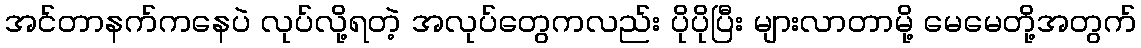
အင်တာနက်ကနေပဲ လုပ်လို့ရတဲ့ အလုပ်တွေကလည်း ပိုပိုပြီး များလာတာမို့ မေမေတို့အတွက်